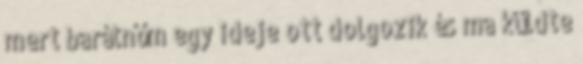
mert barátnőm egy ideje ott dolgozik és ma küldte